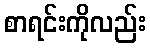
စာရင်းကိုလည်း